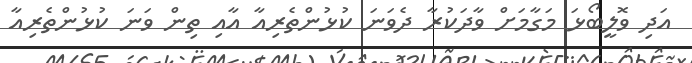
އަދި ވޮލީބޯޅަ މަގާމަށް ވާދަކުރާ ދެވަނަ ކުޅުންތެރިއާ އާއި ތިން ވަނަ ކުޅުންތެރިއާ